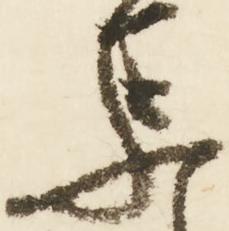
集